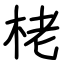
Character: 栳